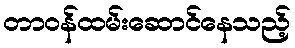
တာဝန်ထမ်းဆောင်နေသည့်